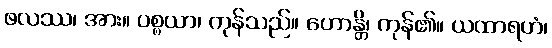
ဖလဿ၊ အား။ ပစ္စယာ၊ ကုန်သည်။ ဟောန္တိ၊ ကုန်၏။ ယထာရဟံ၊